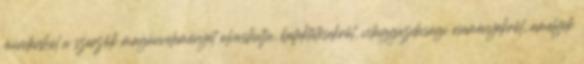
mindenhol a szerzők magánvéleményét olvashatja, befektetésekről, világgazdasági eseményekről, amelyek